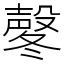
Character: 㲇